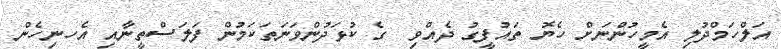
އަލްހަމްދުލި އެމީހުންނަށް ހެޔޮ ތައުފީގު ދެއްވި  ގެ ކުޅަދުންވަނަތަކަމުން ފަލަސްތީނާއި އެހނިހެން